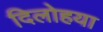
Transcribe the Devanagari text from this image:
दिलोहया